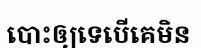
បោះឲ្យទេបើគេមិន